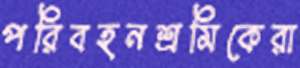
পরিবহনশ্রমিকেরা